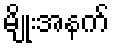
မျိုးအနက်